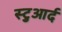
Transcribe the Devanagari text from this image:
स्टुआर्द